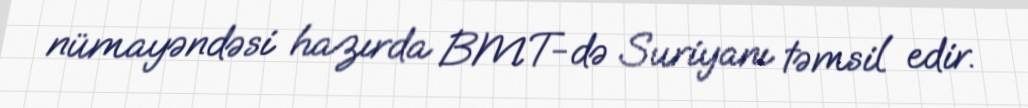
nümayəndəsi hazırda BMT-də Suriyanı təmsil edir.